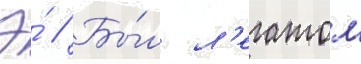
Э́ // Бы́л л'егатом